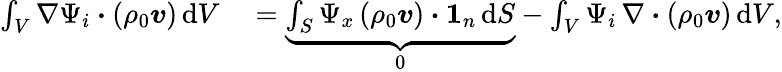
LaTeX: \begin{array}{rl}{\int_{V}\nabla\Psi_{i}\boldsymbol{\cdot}(\rho_{0}\boldsymbol{v})\, \mathrm{d}V}&{{}=\underbrace{\int_{S}\Psi_{x}\, (\rho_{0}\boldsymbol{v})\boldsymbol{\cdot}\boldsymbol{1}_{n}\, \mathrm{d}S}_{0}-\int_{V}\Psi_{i}\, \nabla\boldsymbol{\cdot}(\rho_{0}\boldsymbol{v})\, \mathrm{d}V,}\end{array}